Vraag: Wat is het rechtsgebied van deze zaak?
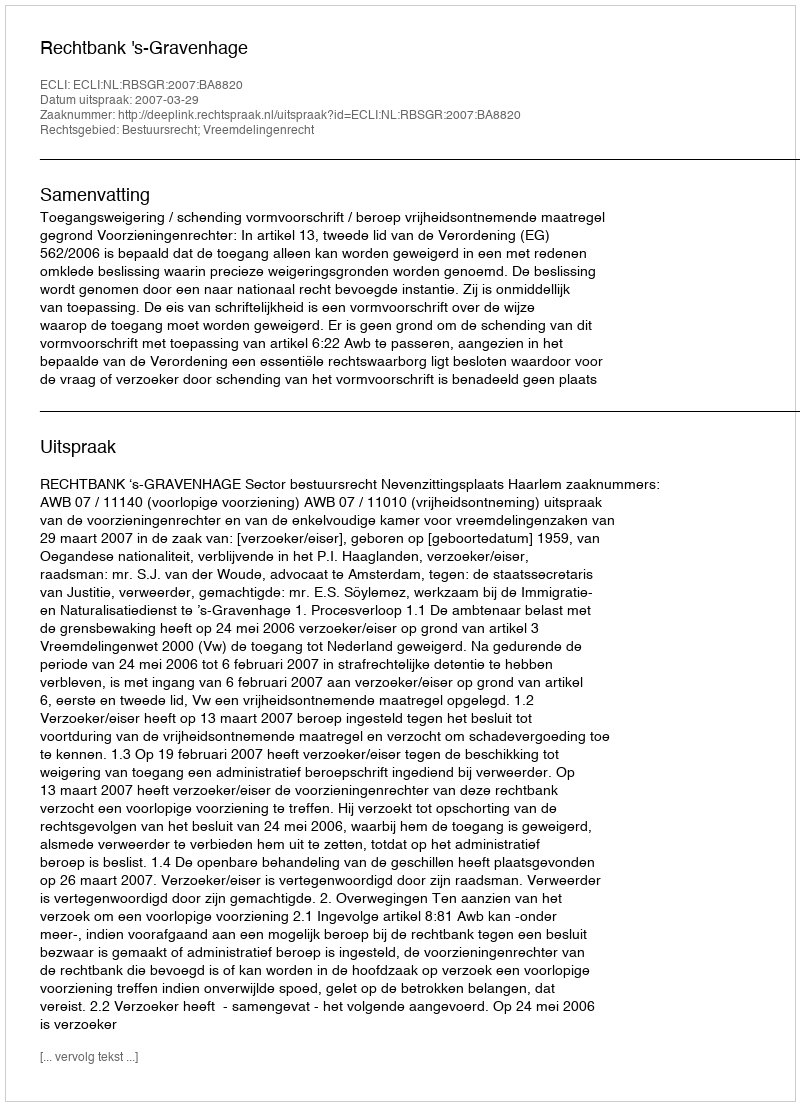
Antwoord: Bestuursrecht; Vreemdelingenrecht